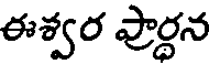
ఈశ్వర ప్రార్ధన